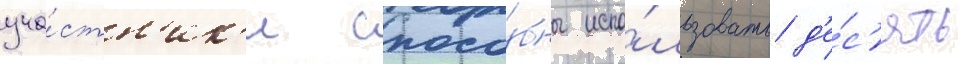
уча́стн'ик'и спосо́бны испо́льзовать д'е́с'ять